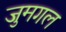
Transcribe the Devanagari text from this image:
जुमगल